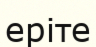
еріте